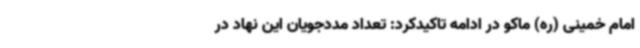
امام خمینی (ره) ماکو در ادامه تاکیدکرد: تعداد مددجویان این نهاد در